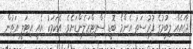
ޖާގައެއް ލިބުމުގެ ފުރުސަތު އެންމެ ބޮޑީ ސްވިޓްޒަލެންޑަށެވެ. އެކަމަކު އެއީ އިޓަލީ އަތުން